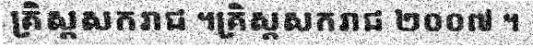
គ្រិស្តសករាជ ។គ្រិស្តសករាជ ២០០៧ ។